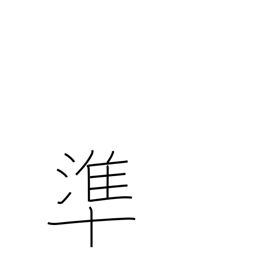
Meaning: correspond to